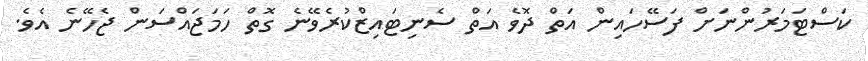
ކަސްޓަމަރުންނަށް ފަސޭހައިން އަތް ދޮވެ އަތް ސެނިޓައިޒްކުރެވޭނެ ގޮތް ހަމަޖައްސަން ޖެހޭނެ އެވެ.